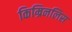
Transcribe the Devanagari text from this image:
किम्रिनलिस